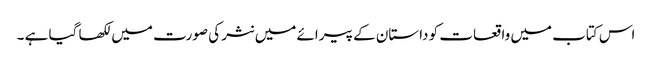
اس کتاب میں واقعات کو داستان کے پیرائے میں نثر کی صورت میں لکھا گیا ہے ۔